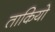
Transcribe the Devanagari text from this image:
ताकियो